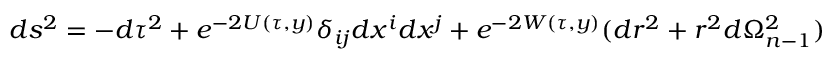
d s ^ { 2 } = - d \tau ^ { 2 } + e ^ { - 2 U ( \tau , y ) } \delta _ { i j } d x ^ { i } d x ^ { j } + e ^ { - 2 W ( \tau , y ) } ( d r ^ { 2 } + r ^ { 2 } d \Omega _ { n - 1 } ^ { 2 } )